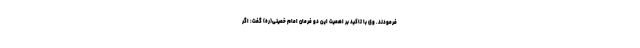
فرمودند. وی با تاکید بر اهمیت این دو فرمان امام خمینی(ره) گفت: اگر